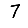
Digit: 7